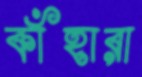
কাঁহারা